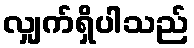
လျှက်ရှိပါသည်